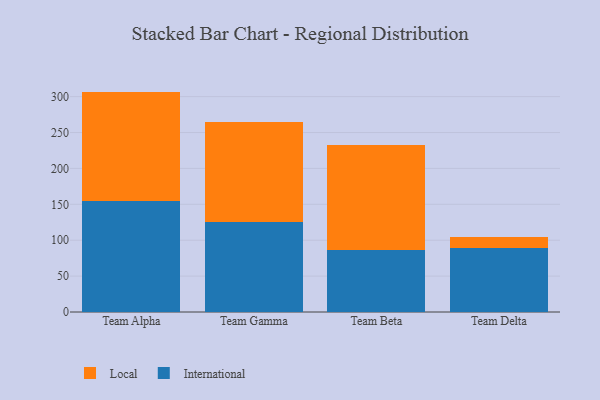
{"axis": {"x": "Team", "y": "Bounce Rate (%)"}, "legend": ["International", "Local"], "data": [{"x": "Team Alpha", "y": 155.1, "type": "International"}, {"x": "Team Alpha", "y": 151.9, "type": "Local"}, {"x": "Team Gamma", "y": 125.2, "type": "International"}, {"x": "Team Gamma", "y": 139.8, "type": "Local"}, {"x": "Team Beta", "y": 86.8, "type": "International"}, {"x": "Team Beta", "y": 146.5, "type": "Local"}, {"x": "Team Delta", "y": 88.9, "type": "International"}, {"x": "Team Delta", "y": 15.5, "type": "Local"}]}